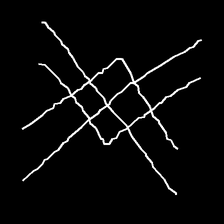
Glyph: crystal